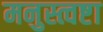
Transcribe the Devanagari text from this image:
मनुस्त्वष्टा